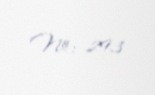
№: 293